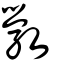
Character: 斆